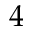
4